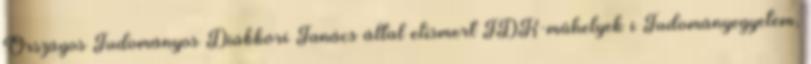
Országos Tudományos Diákköri Tanács által elismert TDK-műhelyek i Tudományegyetem,